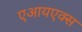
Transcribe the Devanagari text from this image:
एआयएक्स